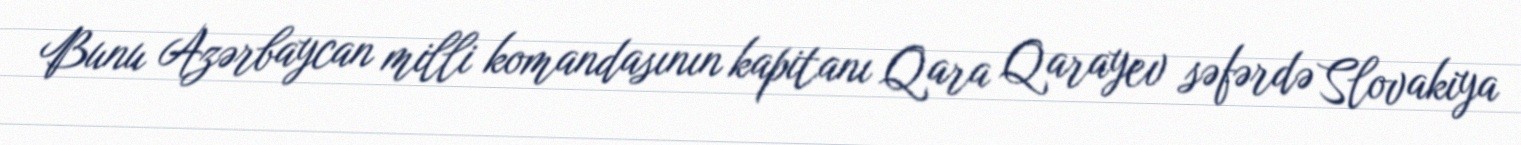
Bunu Azərbaycan milli komandasının kapitanı Qara Qarayev səfərdə Slovakiya